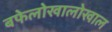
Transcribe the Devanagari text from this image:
बफेलोखालोखाल